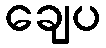
ချေပ